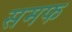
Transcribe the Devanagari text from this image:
समफ